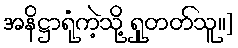
အနိဋ္ဌာရုံကဲ့သို့ ရှုတတ်သူ။]